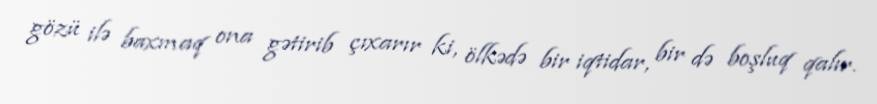
gözü ilə baxmaq ona gətirib çıxarır ki, ölkədə bir iqtidar, bir də boşluq qalır.